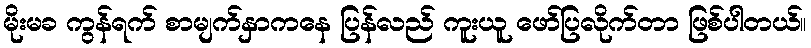
မိုးမခ ကွန်ရက် စာမျက်နှာကနေ ပြန်လည် ကူးယူ ဖော်ပြလိုက်တာ ဖြစ်ပါတယ်။